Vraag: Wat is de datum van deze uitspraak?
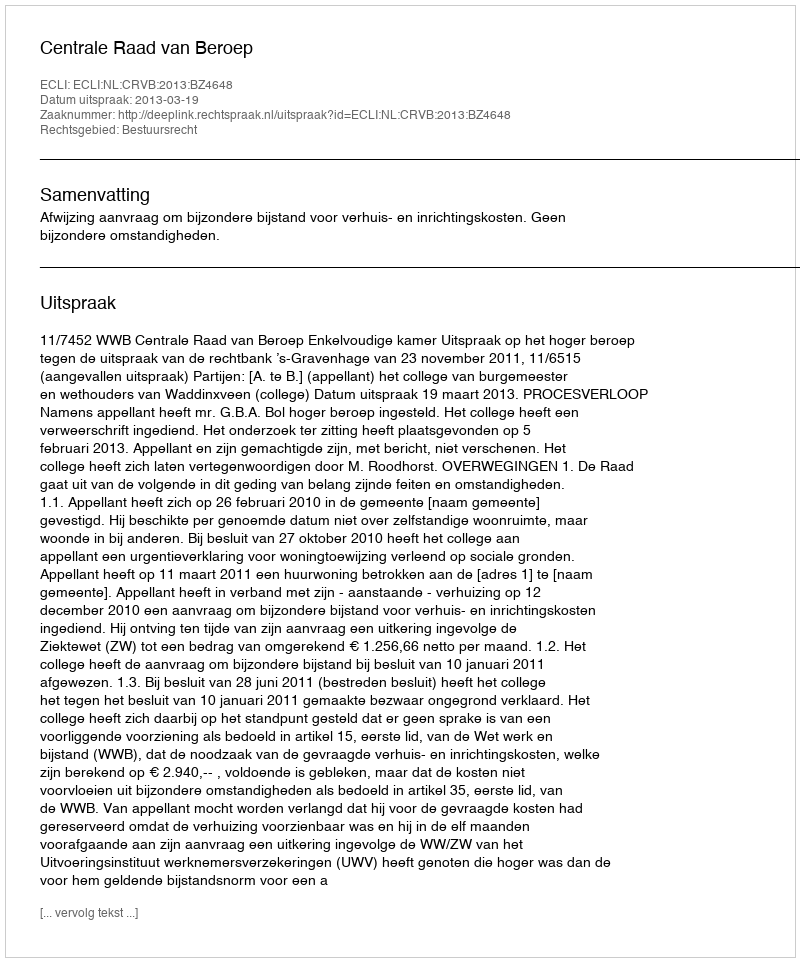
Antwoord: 2013-03-19